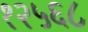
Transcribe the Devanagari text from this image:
१२५६८